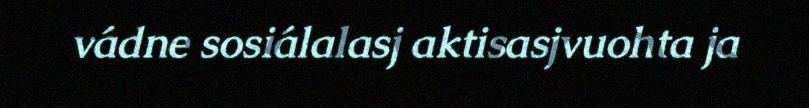
vádne sosiálalasj aktisasjvuohta ja